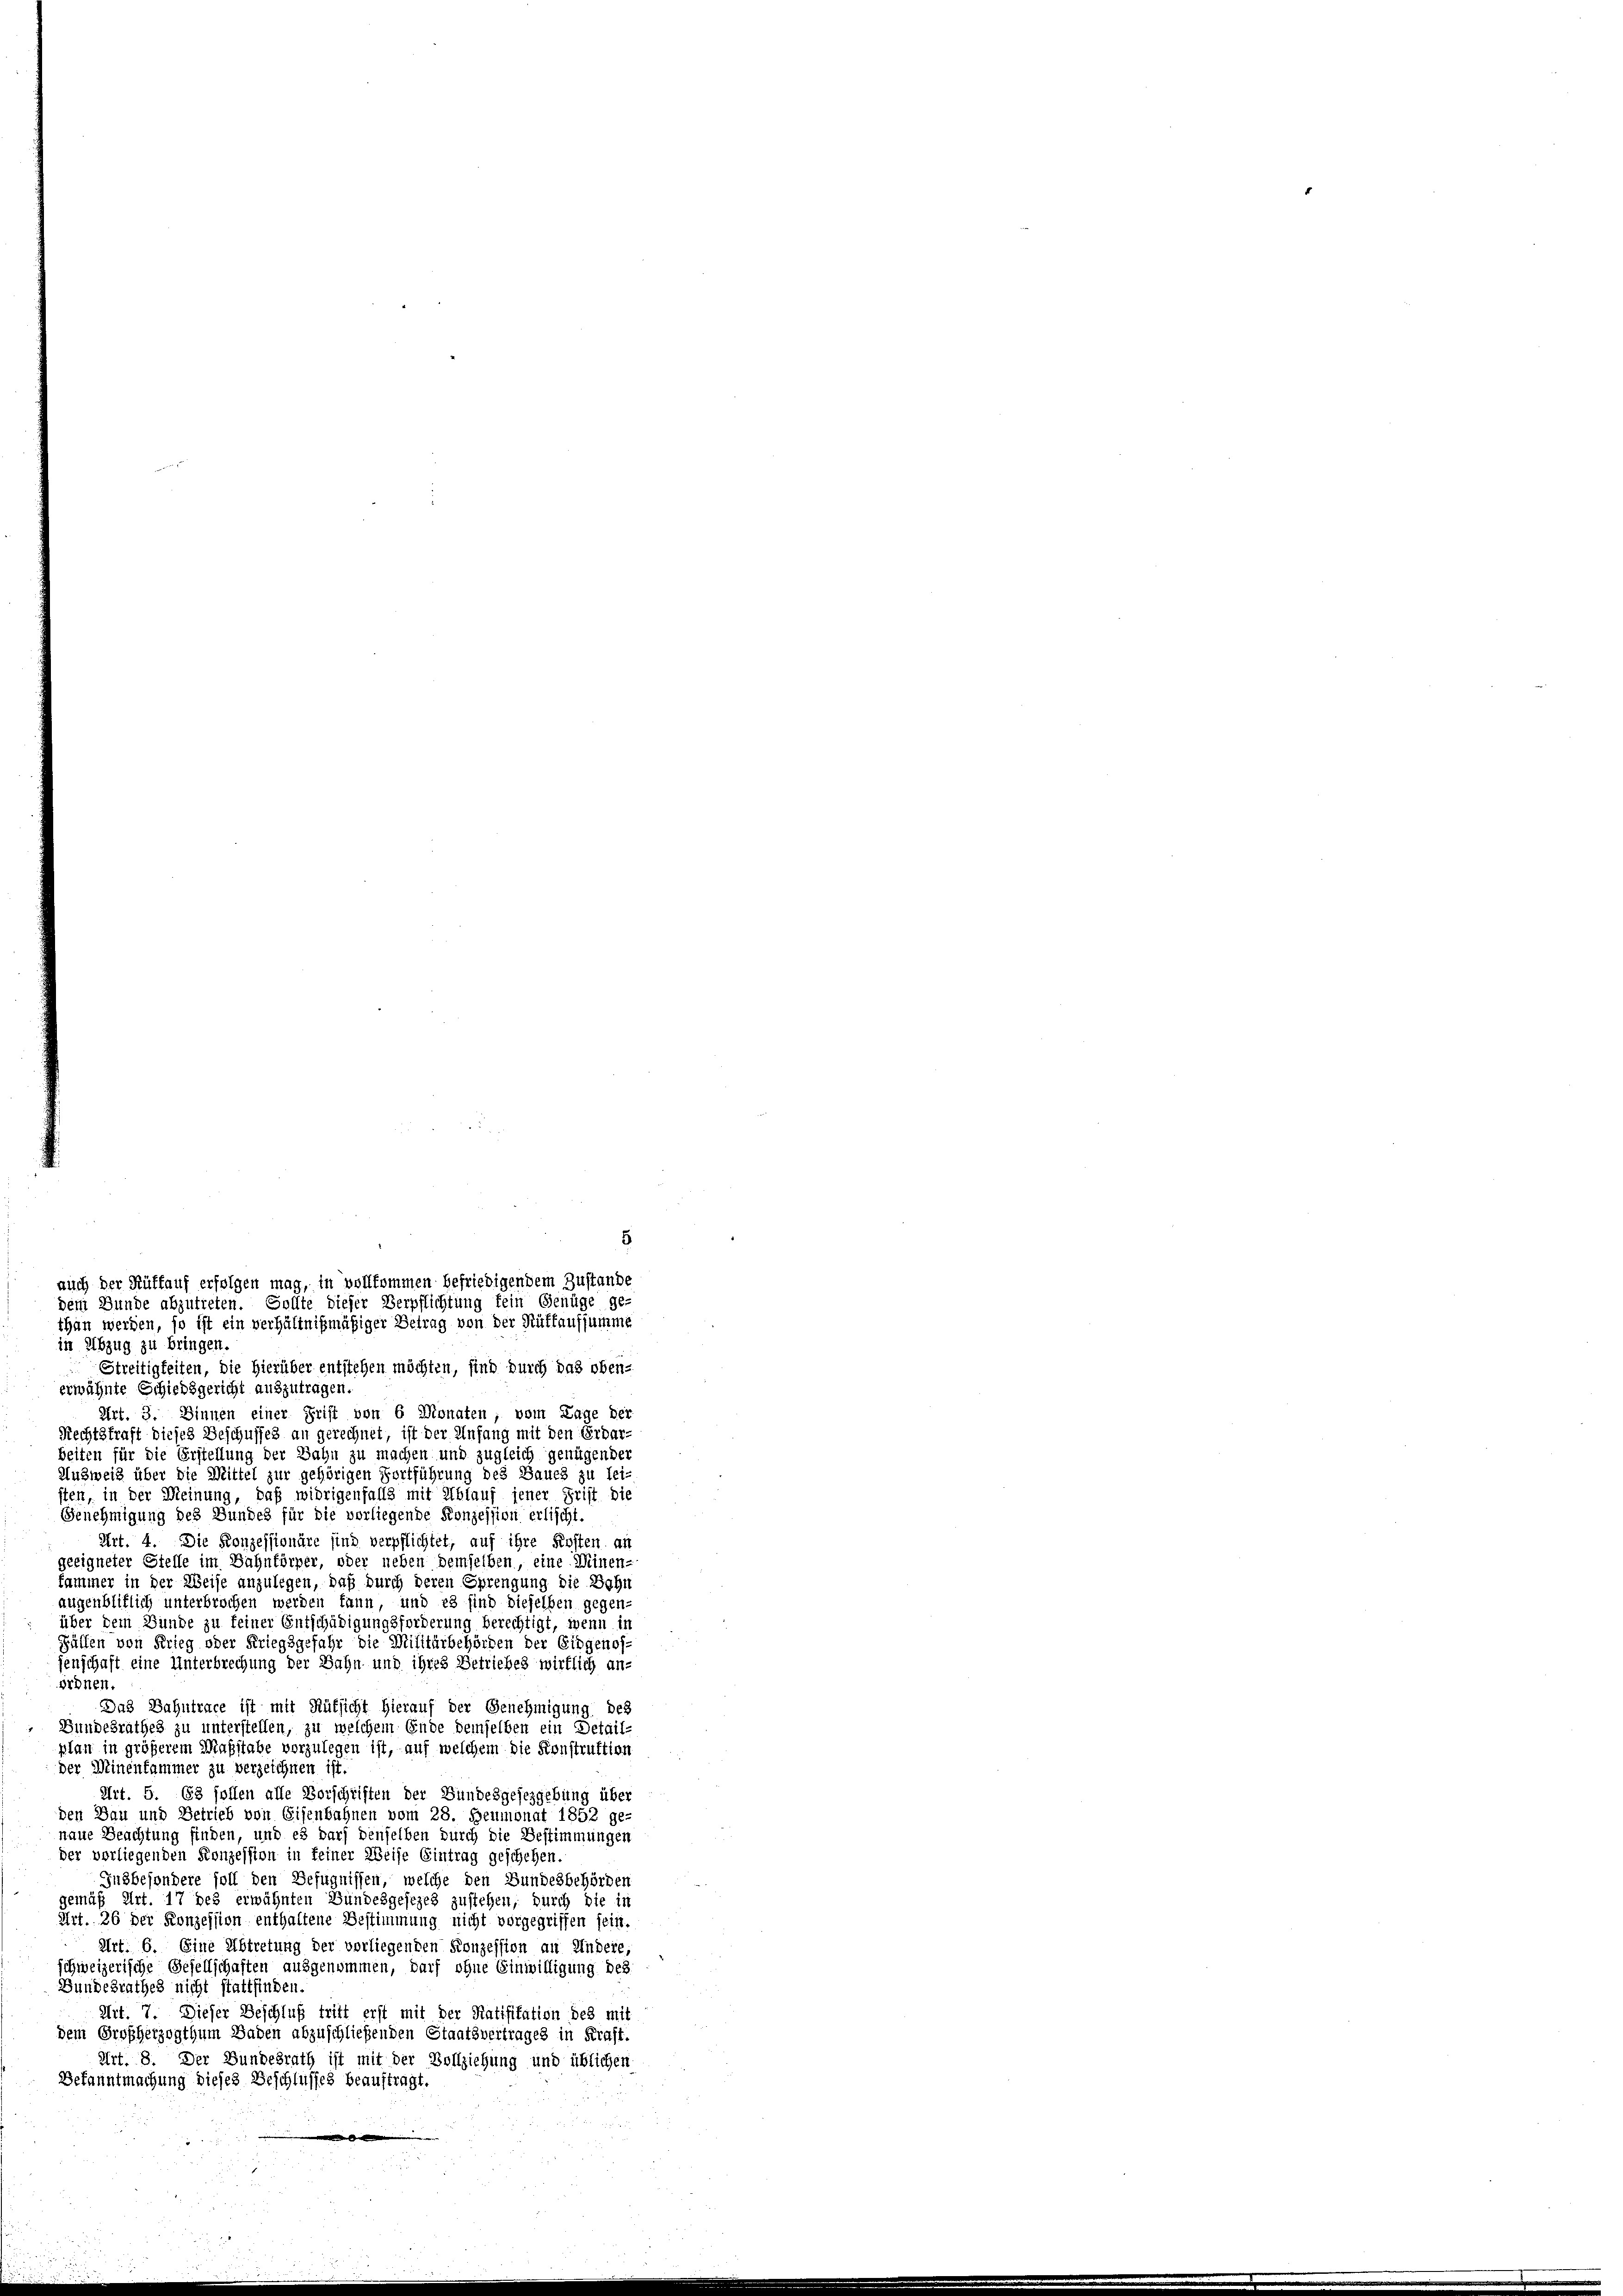
in Abzug zu bringen.
Streitigkeiten, die Hierüber entstehen möchten, sind durch das oben-
erwähnte Schiedsgericht auszutragen.
Art. 3. Sinnen einer Frist von 6 Monaten, vom Lage der
Rechtskraft dieses Beschusses an gerechnet, ist der Anfang mit den Erdar-
beiten für die Erstellung der Bahn zu machen und zugleich genügender
Ausweis über die Mittel zur gehörigen Fortführung des Baues zu lei-
sten, in der Meinung, daß widrigenfalls mit Ablauf jener Frist die
Genehmigung des Bundes für die vorliegende Konzession erlischt.
Art. 4. Die Konzessionäre sind verpflichtet, auf ihre Kosten an
geeigneter Stelle im Bahnförper, oder neben demselben, eine Minen-
fammer in der Weise anzulegen, daß durch deren Sprengung die Bohn
augenbliflich unterbrochen werden kann, und es sind dieselben gegen-
über dem Bunde zu feiner Entschädigungsforderung berechtigt, wenn in
Füllen von Krieg oder Kriegsgefahr die Militärbehörden der Eidgenos-
senschaft eine Unterbrechung der Bahn und ihres Betriebes wirklich an-
ördnen.
Das Bahntrace ist mit Rüksicht hierauf der Genehmigung des
Bundesrathes zu unterstellen, zu welchem Ende demselben ein Detail-
plan in größerem Maßstabe vorzulegen ist, auf welchem die Sonstruktion
der Minenfammer zu verzeichnen ist.
Art. 5. 68 sollen alle Vorschriften der Bundesgesezgebung über
den Bau und Betrieb von Eisenbahnen vom 28. Heumonat 1852 ge-
naue Beachtung finden, und es darf denselben durch die Bestimmungen
der vorliegenden Konzession in feiner Weise Eintrag geschehen.
Jusbesondere soll den Befugnissen, welche den Bundesbehörden
gemäß Art. 17 des erwähnten Bundesgesezes zustehen, durch die in
Art. 26 der Konzession enthaltene Bestimmung nicht vorgegriffen sein.
Art. 6. Eine Abtretung der vorliegenden Konzession an Andere,
schweizerische Gesellschaften ausgenommen, darf ohne Einwilligung des
Bundesrathes nicht stattfinden.
Art. 7. Dieser Beschluß tritt erst mit der Ratifikation des mit
dem Großherzogthum Baden abzuschließenden Staatsvertrages in Kraft.
Art. 8. Der Bundesrath ist mit der Vollziehung und üblichen
Bekanntmachung dieses Beschlusses beauftragt.
e

5
auch der Rüffauf erfolgen mag, in vollkommen befriedigendem Zustande
dem Bunde abzutreten. Gollte dieser Verpflichtung fein Genüge ge-
than werden, so ist ein verhältnißmäßiger Betrag von der Rüttaufsumme